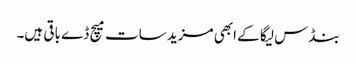
بنڈس لیگا کے ابھی مزید سات میچ ڈے باقی ہیں۔